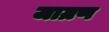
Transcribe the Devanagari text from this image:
जाग्रण